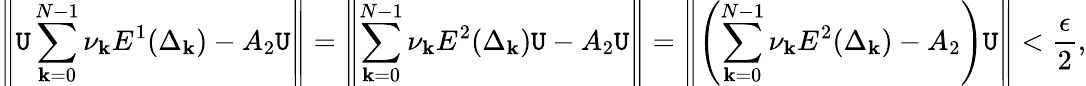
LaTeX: \left\| \mathtt{U}\displaystyle\sum_{\mathbf{k}=0}^{N-1}\nu_{\mathbf{k}}E^{1}(\Delta_{\mathbf{k}})-A_{2}\mathtt{U}\right\| =\left\| \displaystyle\sum_{\mathbf{k}=0}^{N-1}\nu_{\mathbf{k}}E^{2}(\Delta_{\mathbf{k}})\mathtt{U}-A_{2}\mathtt{U}\right\| =\left\| \left(\displaystyle\sum_{\mathbf{k}=0}^{N-1}\nu_{\mathbf{k}}E^{2}(\Delta_{\mathbf{k}})-A_{2}\right)\mathtt{U}\right\| <\frac{{\epsilon}}{{2}},